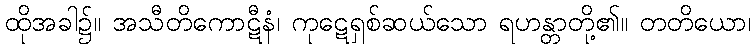
ထိုအခါ၌။ အသီတိကောဋီနံ၊ ကုဋေရှစ်ဆယ်သော ရဟန္တာတို့၏။ တတိယော၊